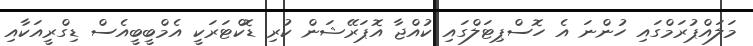
މަލައްޕުރަމްގައި ހުންނަ އެ ހޮސްޕިޓަލްގައި ކުއްޖާ އޮޕަރޭޝަން ކުރި ޑޮކްޓަރަކީ އެމްބީބީއެސް ޑިގްރީއަކާއި